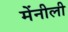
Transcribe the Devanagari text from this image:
मेंनीली